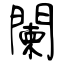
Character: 闌